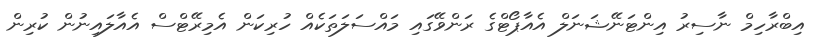
އިބްރާހިމް ނާސިރު އިންޓަނޭޝަނަލް އެއާޕޯޓްގެ ރަންވޭގައި މައްސަލަތަކެއް ހުރިކަން އެމިރޭޓްސް އެއާލައިނުން ކުރިން